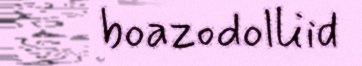
boazodolliid